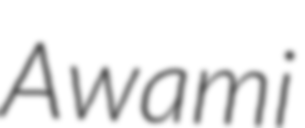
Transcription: Awami